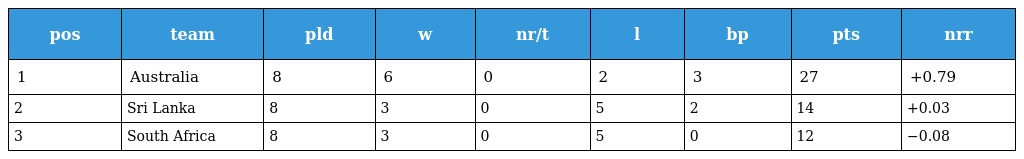
| pos | team | pld | w | nr/t | l | bp | pts | nrr |
 | --- | --- | --- | --- | --- | --- | --- | --- | --- |
 | 1 | Australia | 8 | 6 | 0 | 2 | 3 | 27 | +0.79 |
 | 2 | Sri Lanka | 8 | 3 | 0 | 5 | 2 | 14 | +0.03 |
 | 3 | South Africa | 8 | 3 | 0 | 5 | 0 | 12 | −0.08 |